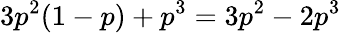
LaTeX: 3p^{2}(1-p)+p^{3}=3p^{2}-2p^{3}